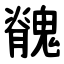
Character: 䰪